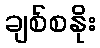
ချစ်စနိုး